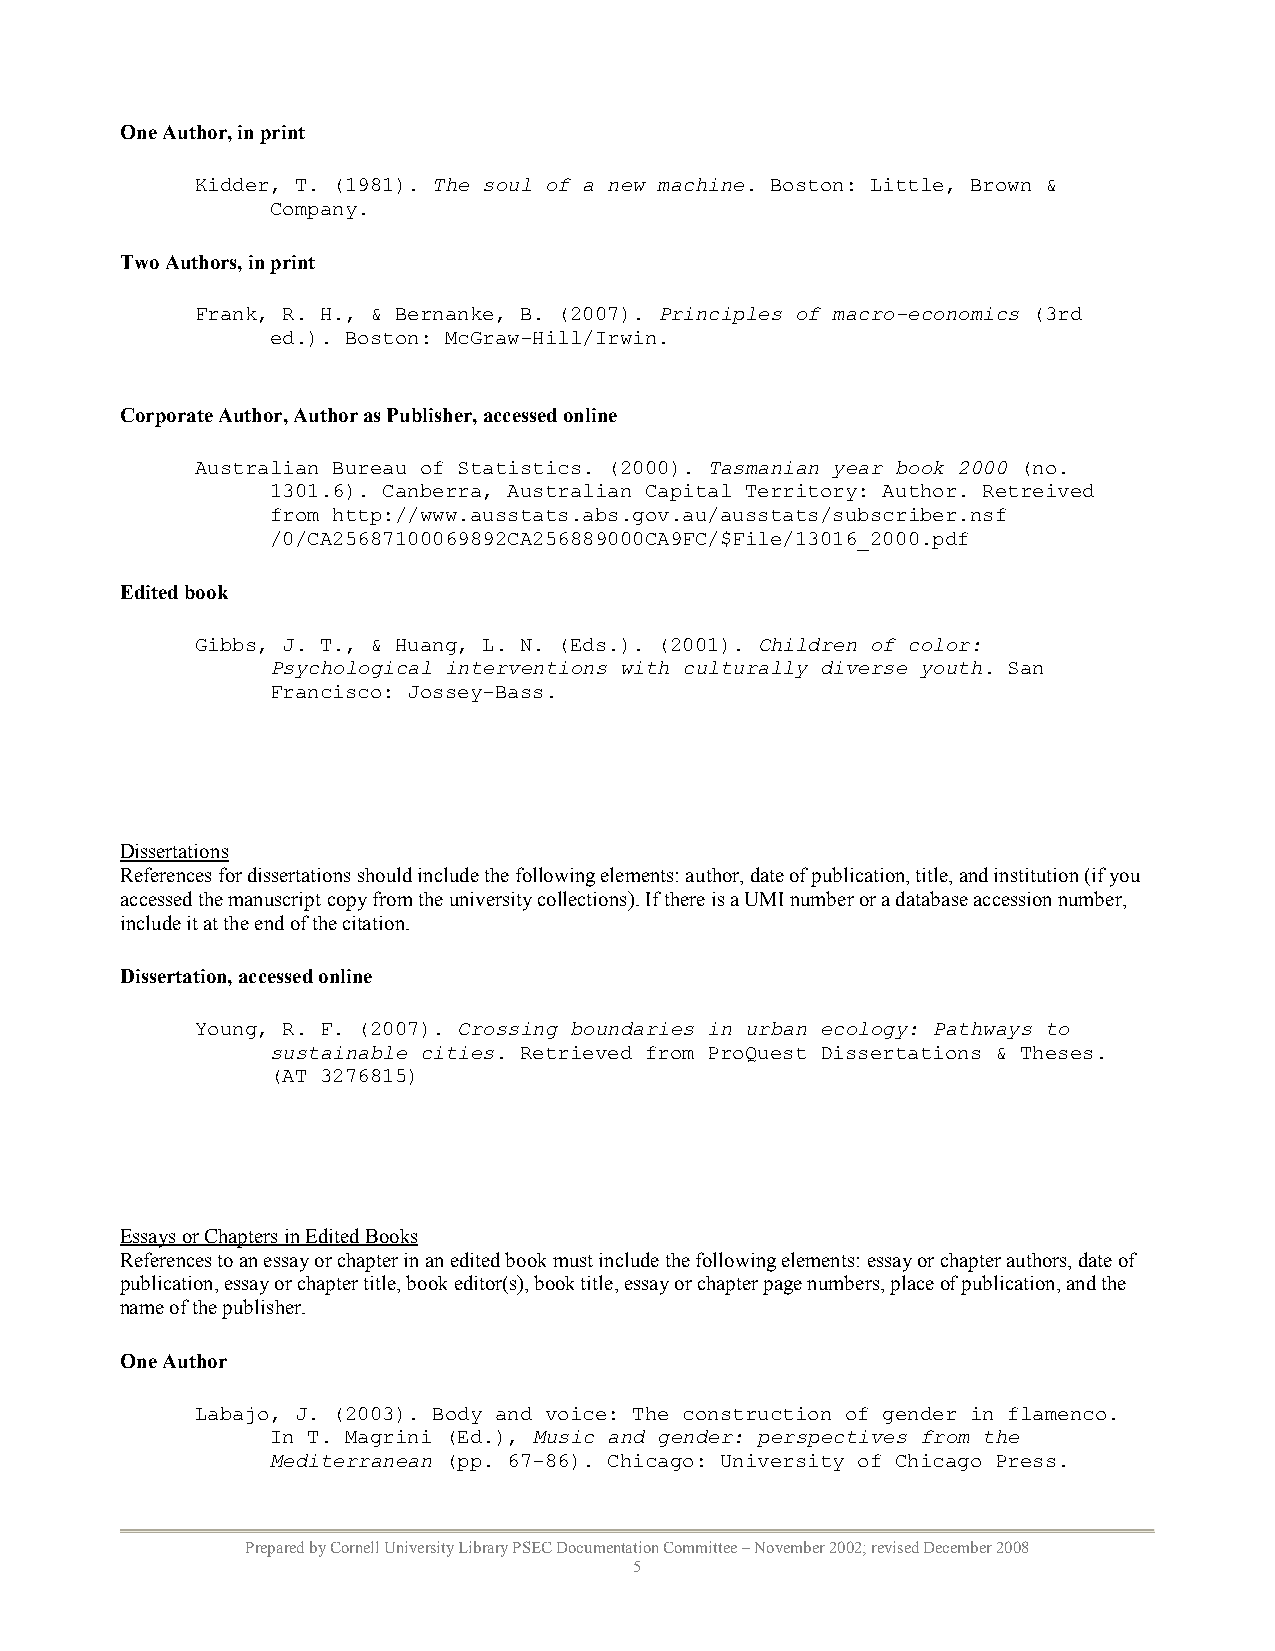
One Author, in print
 Kidder, T. (1981). The soul of a new machine. Boston: Little, Brown &
 Company.
 Two Authors, in print
 Frank, R. H., & Bernanke, B. (2007). Principles of macro-economics (3rd
 ed.). Boston: McGraw-Hill/Irwin.
 Corporate Author, Author as Publisher, accessed online
 Australian Bureau of Statistics. (2000). Tasmanian year book 2000 (no.
 1301.6). Canberra, Australian Capital Territory: Author. Retreived
 from http://www.ausstats.abs.gov.au/ausstats/subscriber.nsf
 /0/CA25687100069892CA256889000CA9FC/$File/13016_2000.pdf
 Edited book
 Gibbs, J. T., & Huang, L. N. (Eds.). (2001). Children of color:
 Psychological interventions with culturally diverse youth. San
 Francisco: Jossey-Bass.
 Dissertations
 References for dissertations should include the following elements: author, date of publication, title, and institution (if you
 accessed the manuscript copy from the university collections). If there is a UMI number or a database accession number,
 include it at the end of the citation.
 Dissertation, accessed online
 Young, R. F. (2007). Crossing boundaries in urban ecology: Pathways to
 sustainable cities. Retrieved from ProQuest Dissertations & Theses.
 (AT 3276815)
 Essays or Chapters in Edited Books
 References to an essay or chapter in an edited book must include the following elements: essay or chapter authors, date of
 publication, essay or chapter title, book editor(s), book title, essay or chapter page numbers, place of publication, and the
 name of the publisher.
 One Author
 Labajo, J. (2003). Body and voice: The construction of gender in flamenco.
 In T. Magrini (Ed.), Music and gender: perspectives from the
 Mediterranean (pp. 67-86). Chicago: University of Chicago Press.
 Prepared by Cornell University Library PSEC Documentation Committee – November 2002; revised December 2008
 5